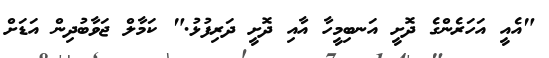
"އެއީ އަހަރެންގެ ދޮށީ އަނބިމީހާ އާއި ދޮށީ ދަރިފުޅު." ކަމާލް ޖަވާބުދިން އަޑަށް